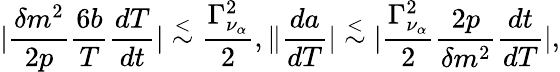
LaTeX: |{\frac{\delta m^{2}}{2p}}{\frac{6b}{T}}{\frac{dT}{dt}}|\stackrel{<}{\sim}{\frac{\Gamma_{\nu_{\alpha}}^{2}}{2}},\| {\frac{da}{dT}}|\stackrel{<}{\sim}|{\frac{\Gamma_{\nu_{\alpha}}^{2}}{2}}{\frac{2p}{\delta m^{2}}}{\frac{dt}{dT}}|,